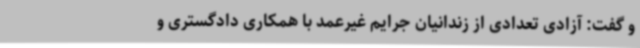
و گفت: آزادی تعدادی از زندانیان جرایم غیرعمد با همکاری دادگستری و